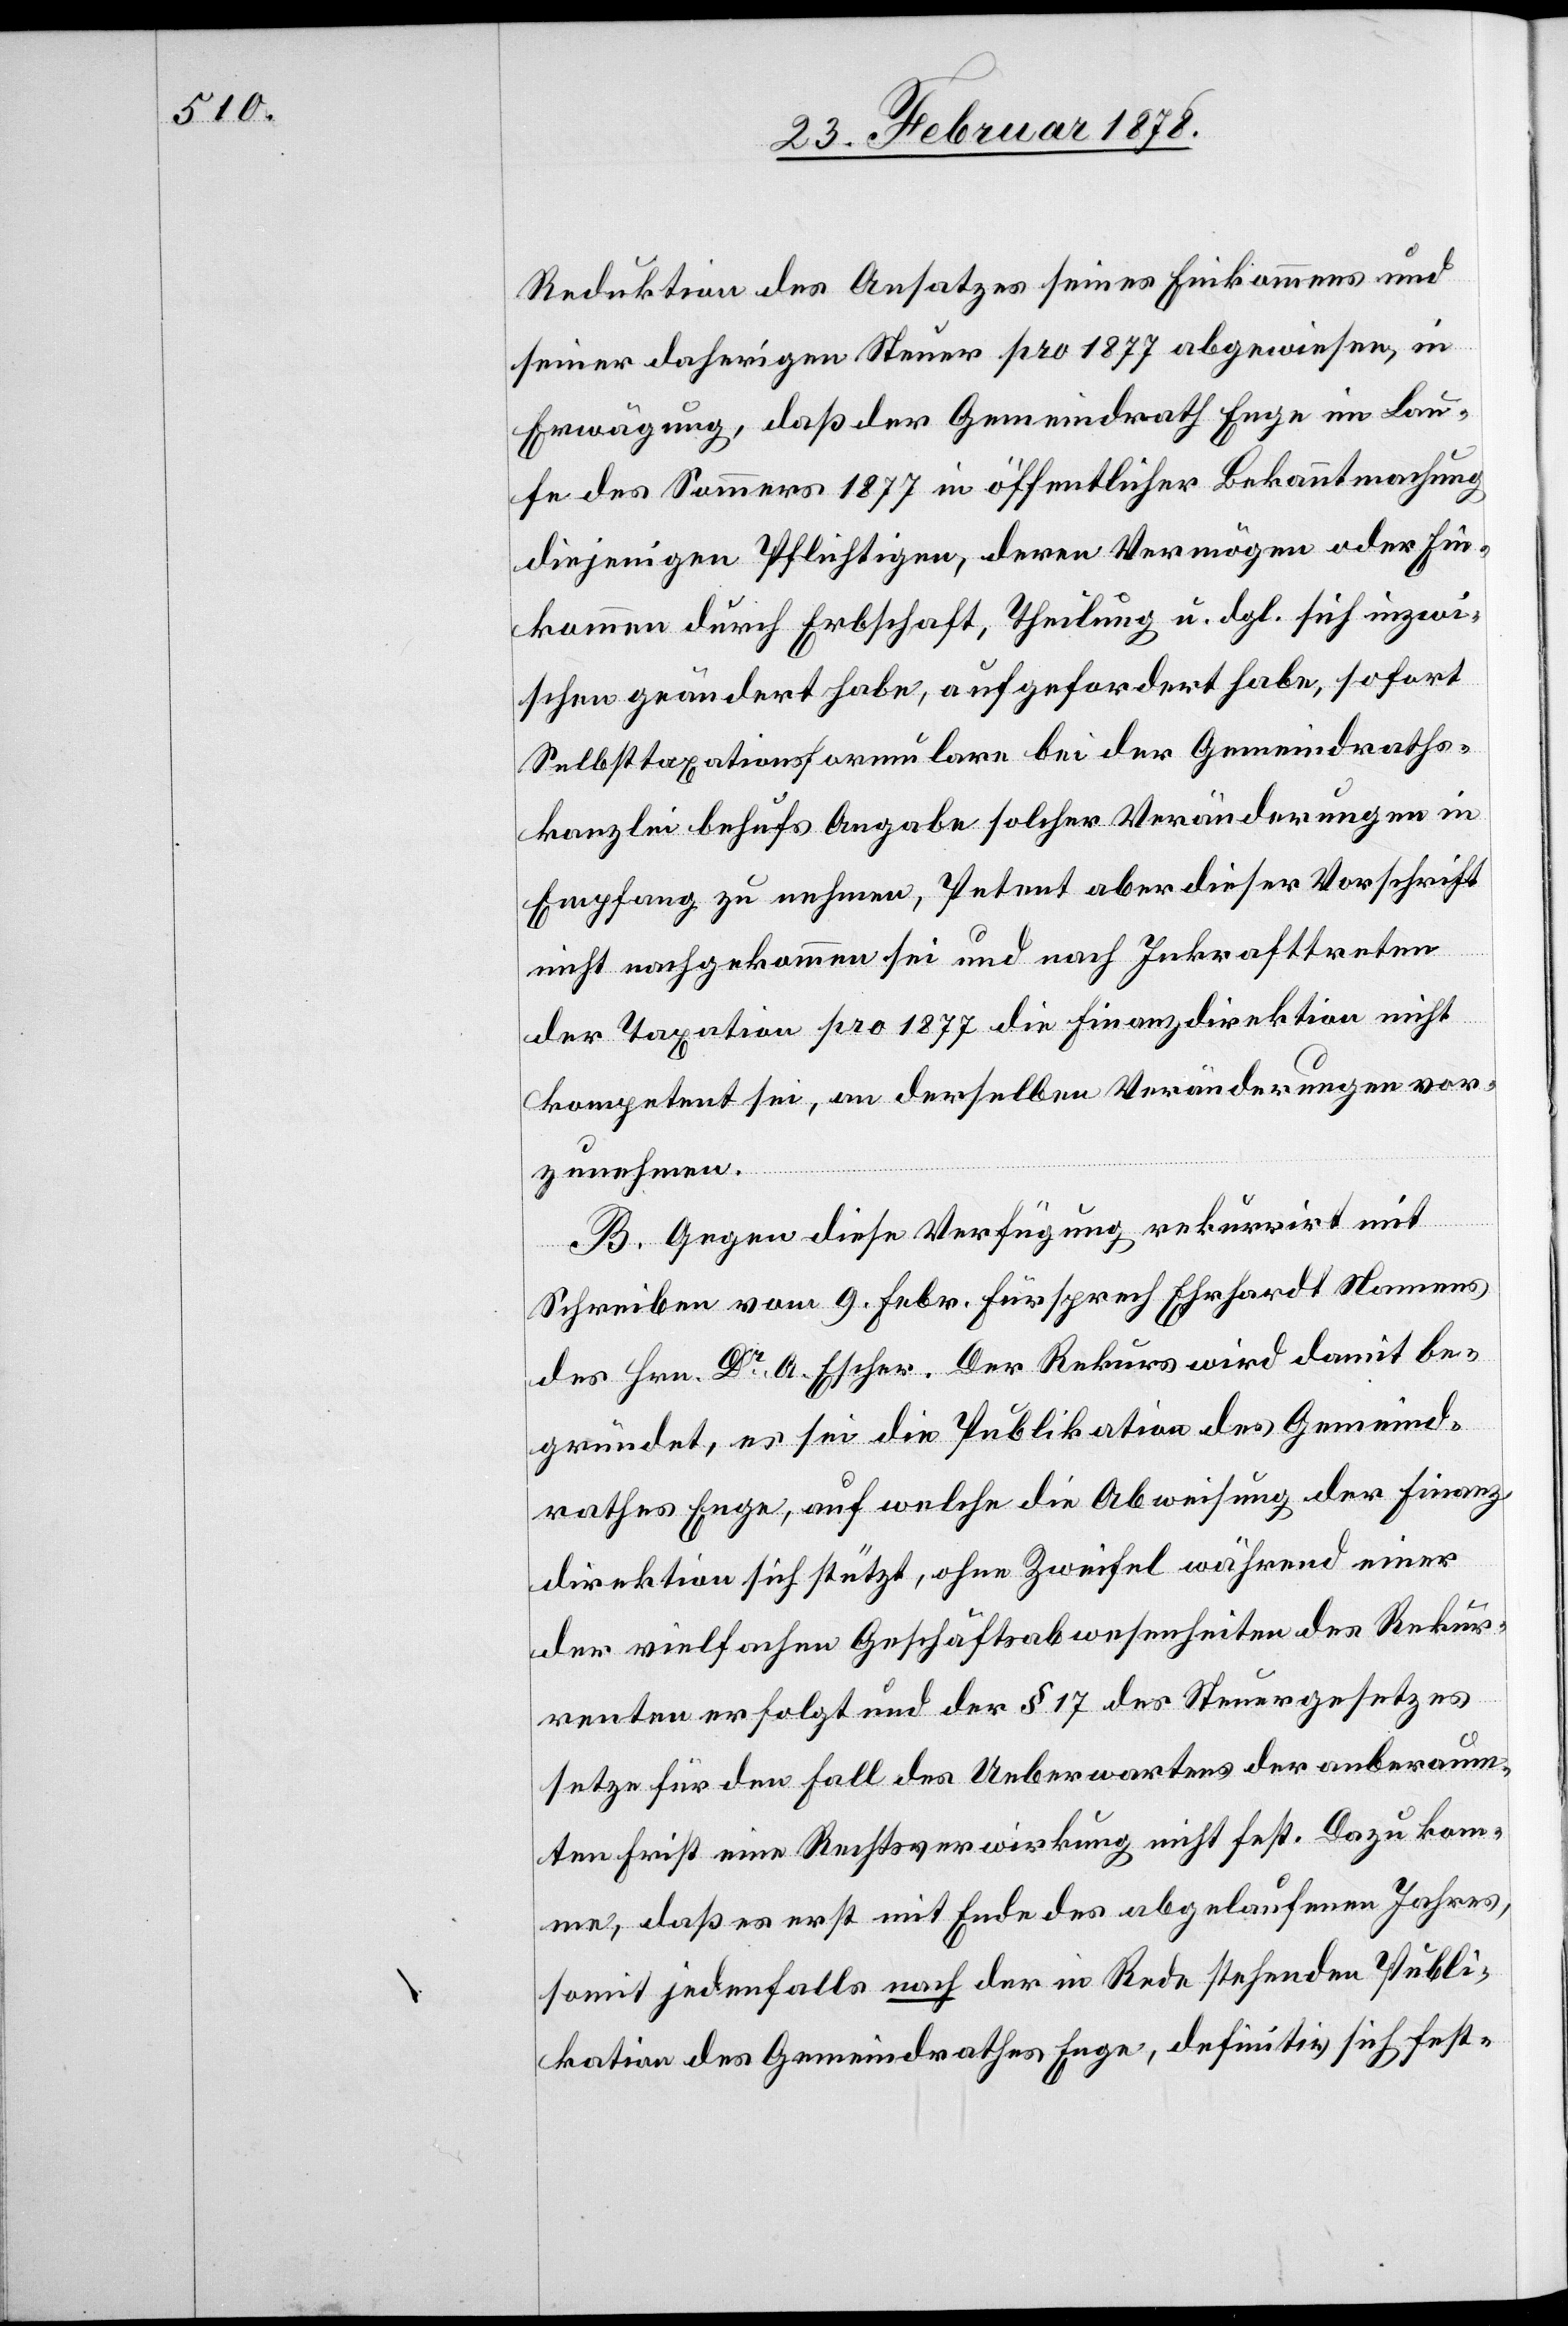
Reduktion des Ansatzes seines Einkommens und
seiner daherigen Steuer pro 1877 abgewiesen, in
Erwägung, daß der Gemeindrath Enge im Lau¬
fe des Sommers 1877 in öffentlicher Bekanntmachung
diejenigen Pflichtigen, deren Vermögen oder Ein¬
kommen durch Erbschaft, Theilung u. dgl. sich inzwi¬
schen geändert habe, aufgefordert habe, sofort
Selbsttaxationsformulare bei der Gemeindraths¬
kanzlei behufs Angabe solcher Veränderungen in
Empfang zu nehmen, Petent aber dieser Vorschrift
nicht nachgekommen sei und nach Inkrafttreten
der Taxation pro 1877 die Finanzdirektion nicht
kompetent sei, an derselben Veränderungen vor¬
zunehmen.
B. Gegen diese Verfügung rekurrirt mit
Schreiben vom 9. Febr. Fürsprech Ehrhardt Namens
des Hrn. Dr A. Escher. Der Rekurs wird damit be¬
gründet, es sei die Publikation des Gemeind¬
rathes Enge, auf welche die Abweisung der Finanz¬
direktion sich stützt, ohne Zweifel während einer
der vielfachen Geschäftsabwesenheiten des Rekur¬
renten erfolgt und der § 17 des Steuergesetzes
setze für den Fall des Ueberwartens der anberaum¬
ten Frist eine Rechtsverwirkung nicht fest. Dazu kom¬
me, daß es erst mit Ende des abgelaufenen Jahres,
somit jedenfalls nach der in Rede stehenden Publi¬
kation des Gemeindrathes Enge, definitiv sich fest-